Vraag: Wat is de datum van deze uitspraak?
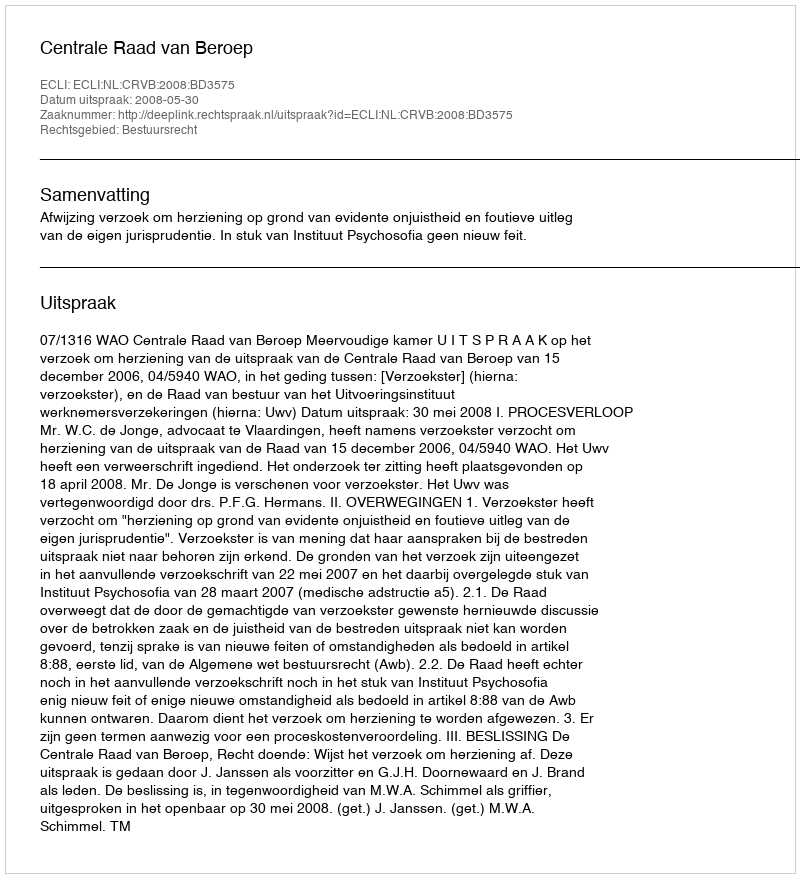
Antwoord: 2008-05-30